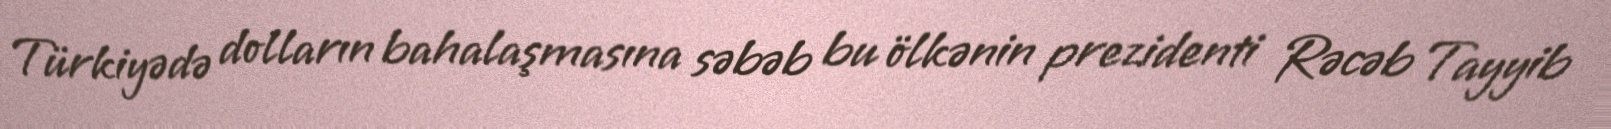
Türkiyədə dolların bahalaşmasına səbəb bu ölkənin prezidenti Rəcəb Tayyib